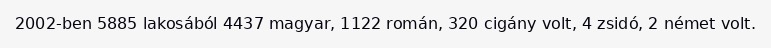
2002-ben 5885 lakosából 4437 magyar, 1122 román, 320 cigány volt, 4 zsidó, 2 német volt.